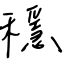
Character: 穩